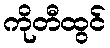
ကိုတီထွင်